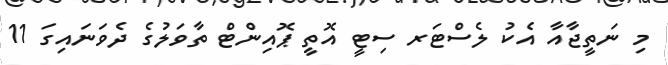
މި ނަތީޖާއާ އެކު ލެސްޓަރ ސިޓީ އޮތީ ޕޮއިންޓް ތާވަލުގެ ދެވަނައިގަ 11